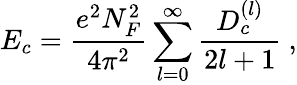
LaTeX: E_{c}=\frac{e^{2}N_{F}^{2}}{4\pi^{2}}\sum_{l=0}^{\infty}\frac{D_{c}^{(l)}}{2l+1}~,